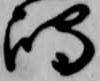
嶋